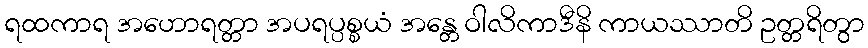
ရထကာရ အဟောရတ္တာ အပရပ္ပစ္စယံ အန္တေ ဝါလိကာဒီနိ ကာယဿာတိ ဥတ္တရိတွာ